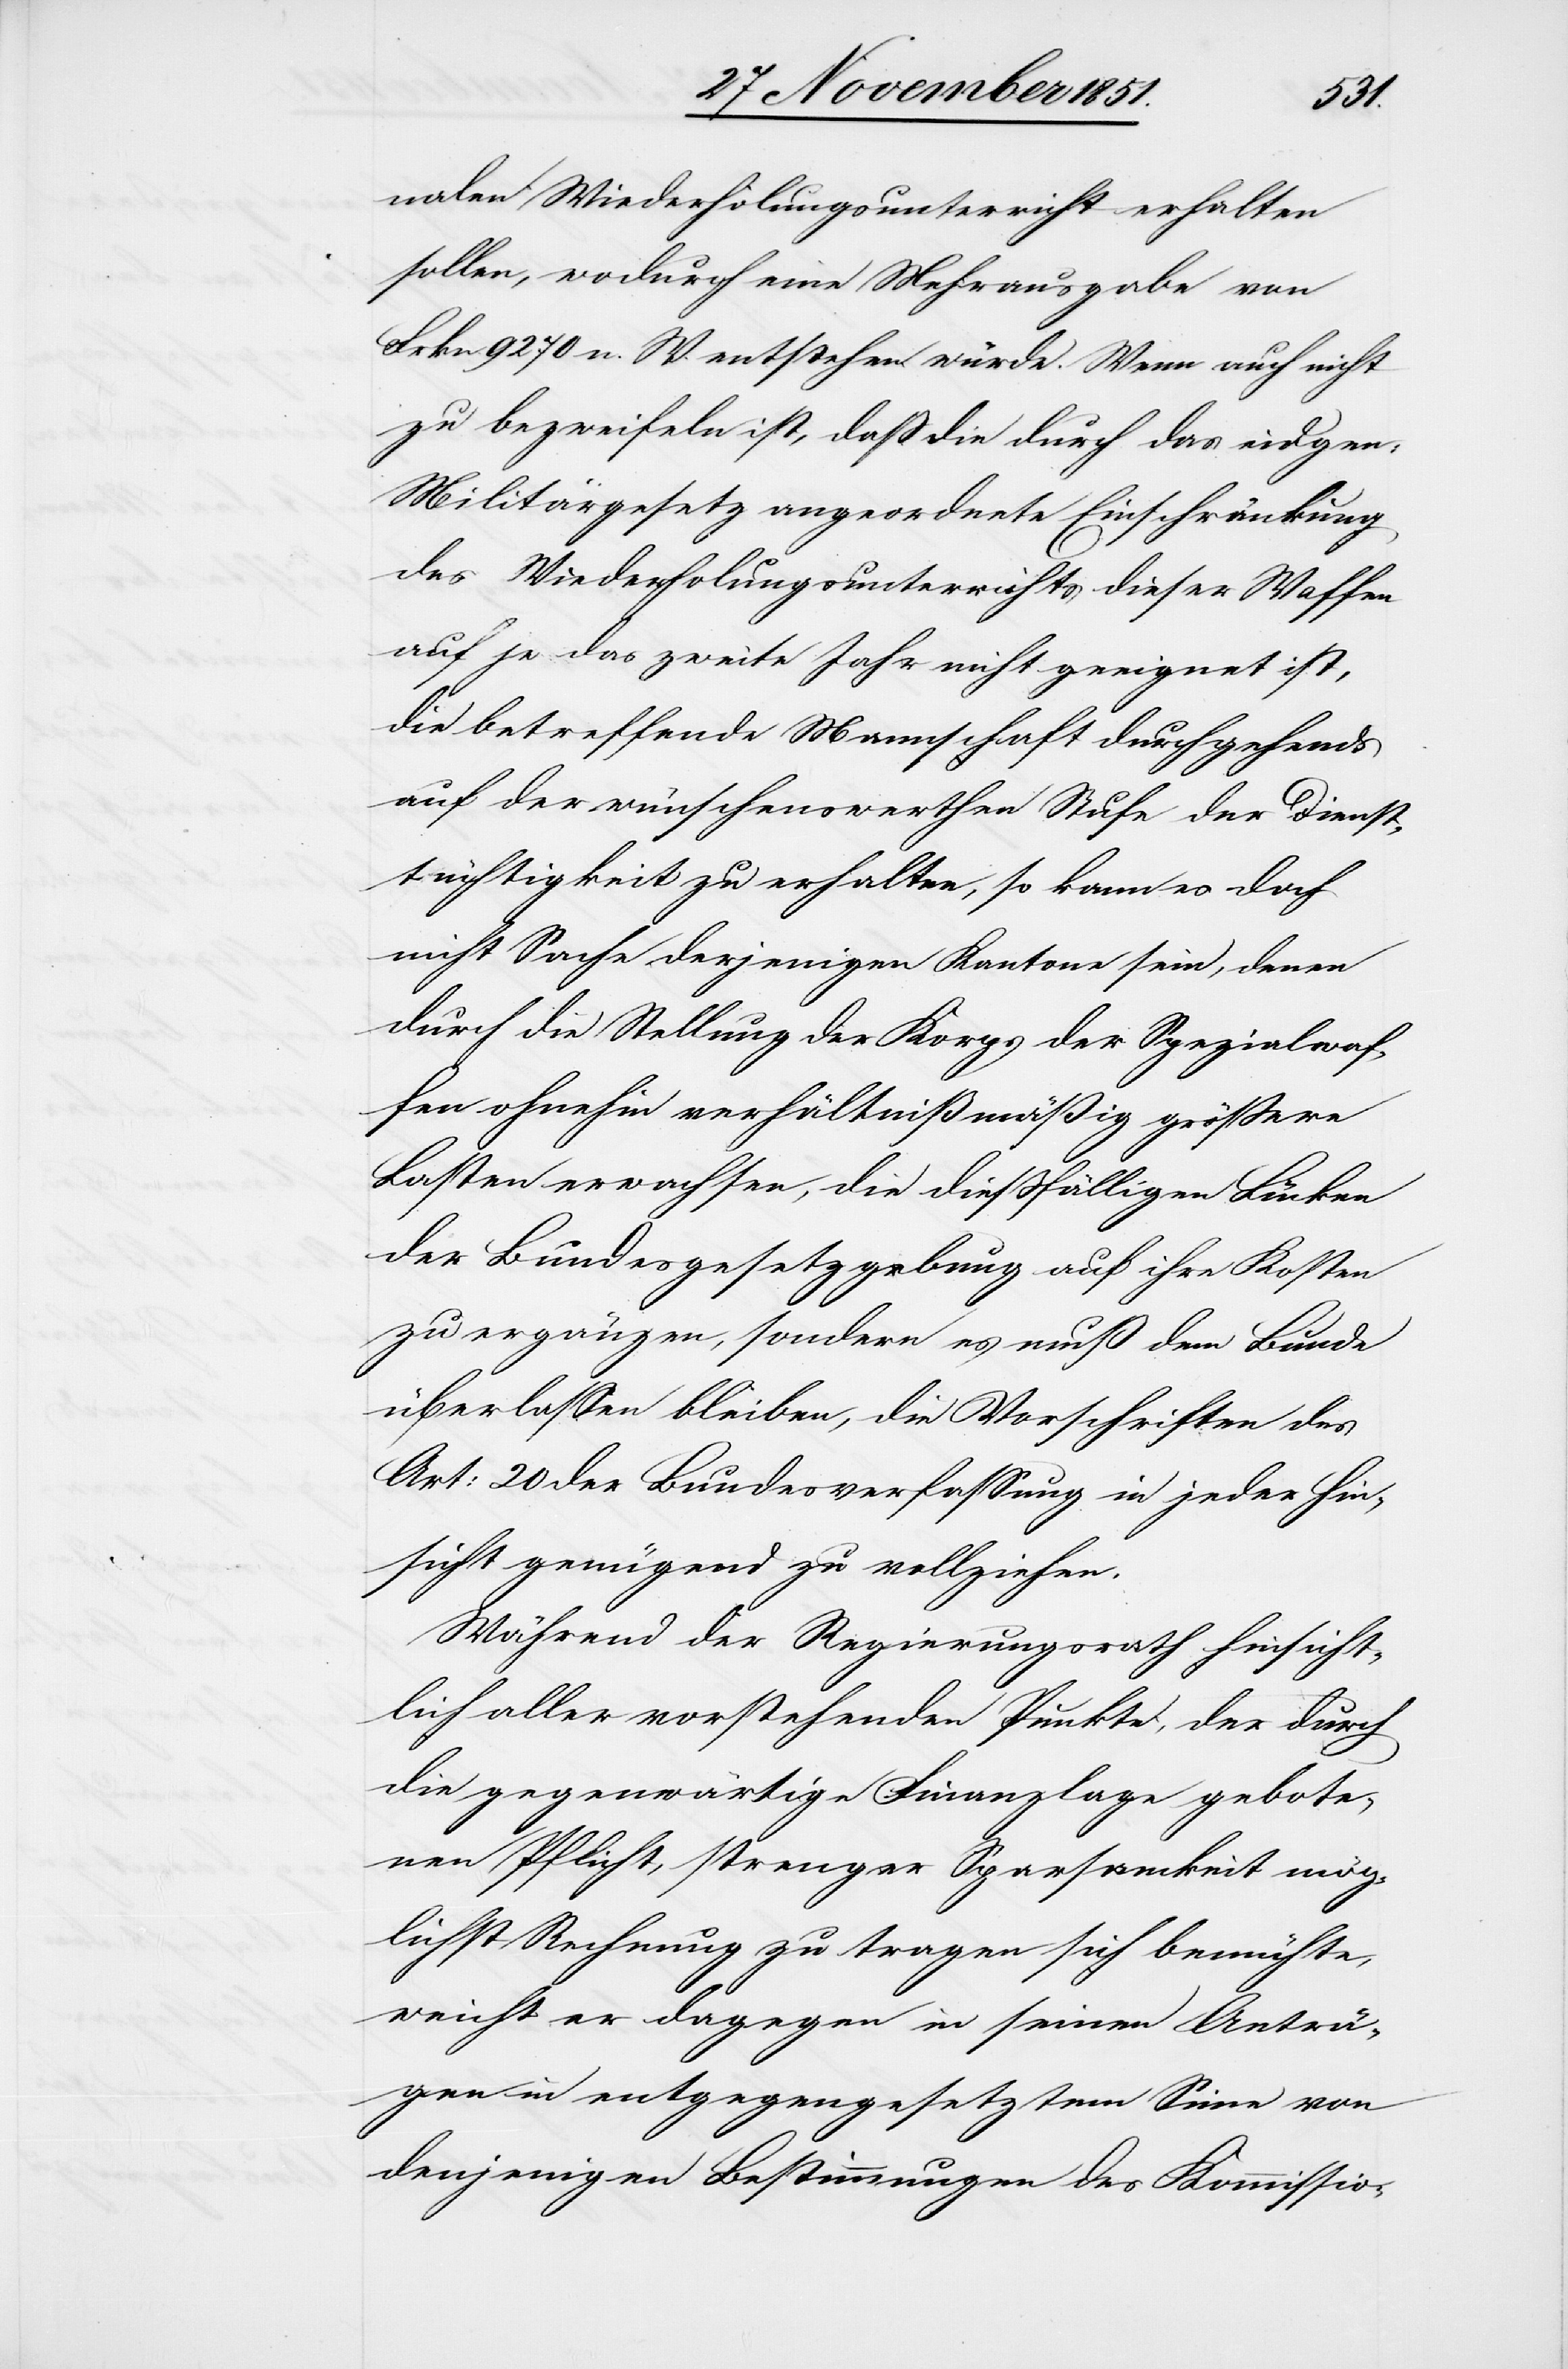
nalen Wiederholungsunterricht erhalten
sollen, wodurch eine Mehrausgabe von
Frkn. 9270 n. W. entstehen würde. Wenn auch nicht
zu bezweifeln ist, daß die durch das eidgen:
Militärgesetz angeordnete Einschränkung
des Wiederholungsunterrichts dieser Waffen
auf je das zweite Jahr nicht geeignet ist,
die betreffende Mannschaft durchgehends
auf der wünschenswerthen Stufe der Dienst¬
tüchtigkeit zu erhalten, so kann es doch
nicht Sache derjenigen Kantone sein, denen
durch die Stellung der Korps der Spezialwaf¬
fen ohnehin verhältnißmäßig größere
Lasten erwachsen, die dießfälligen Lücken
der Bundesgesetzgebung auf ihre Kosten
zu ergänzen, sondern es muß dem Bunde
überlassen bleiben, die Vorschriften des
Art: 20 der Bundesverfassung in jeder Hin¬
sicht genügend zu vollziehen.
Während der Regierungsrath hinsicht¬
lich aller vorstehenden Punkte, der durch
die gegenwärtige Finanzlage gebote¬
nen Pflicht, strenger Sparsamkeit mög¬
lichst Rechnung zu tragen sich bemühte,
weicht er dagegen in seinen Anträ¬
gen in entgegengesetztem Sinne von
denjenigen Bestimmungen des Kommissio-